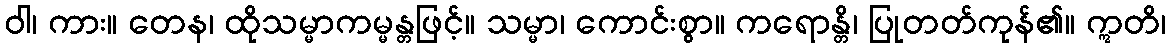
ဝါ၊ ကား။ တေန၊ ထိုသမ္မာကမ္မန္တဖြင့်။ သမ္မာ၊ ကောင်းစွာ။ ကရောန္တိ၊ ပြုတတ်ကုန်၏။ ဣတိ၊